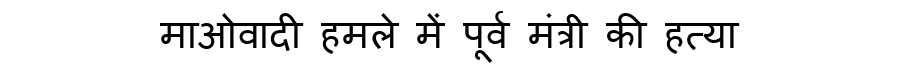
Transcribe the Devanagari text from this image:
माओवादी हमले में पूर्व मंत्री की हत्या